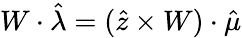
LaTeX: W\cdot\hat{\lambda}=(\hat{z}\times W)\cdot\hat{\mu}